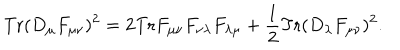
\mathrm { T r } ( D _ { \mu } F _ { \mu \nu } ) ^ { 2 } = 2 \mathrm { T r } F _ { \mu \nu } F _ { \nu \lambda } F _ { \lambda \mu } + \frac { 1 } { 2 } \mathrm { T r } ( D _ { \lambda } F _ { \mu \nu } ) ^ { 2 } .